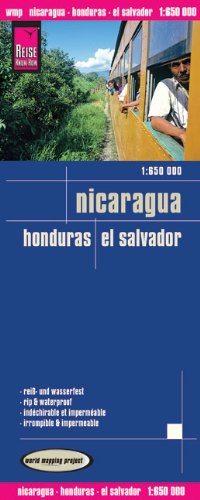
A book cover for Nicaragua/Honduras/El Salvador; Reise Know-How Verlag; Travel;